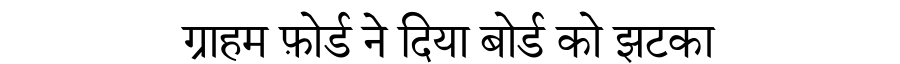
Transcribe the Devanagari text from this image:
ग्राहम फ़ोर्ड ने दिया बोर्ड को झटका